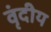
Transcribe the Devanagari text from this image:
वृंदीय